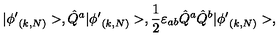
| { \phi ^ { \prime } } _ { ( k , N ) } > , \hat { Q } ^ { a } | { \phi ^ { \prime } } _ { ( k , N ) } > , \frac { 1 } { 2 } \varepsilon _ { a b } \hat { Q } ^ { a } \hat { Q } ^ { b } | { \phi ^ { \prime } } _ { ( k , N ) } > ,